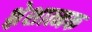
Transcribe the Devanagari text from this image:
श्लेशात्मक